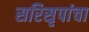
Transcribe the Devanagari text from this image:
सरिसृपांचा